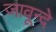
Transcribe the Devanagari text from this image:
जावून्दे